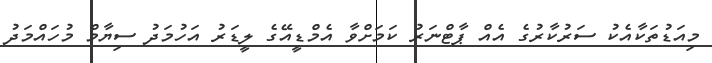
މިއަޑުތަކާއެކު ސަރުކާރުގެ އެއް ޕާޓްނަރު ކަމަށްވާ އެމްޑީއޭގެ ލީޑަރު އަހުމަދު ސިޔާމް މުހައްމަދު